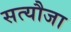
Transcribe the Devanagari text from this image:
सत्यौजा